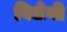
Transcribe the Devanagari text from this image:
विधेयी